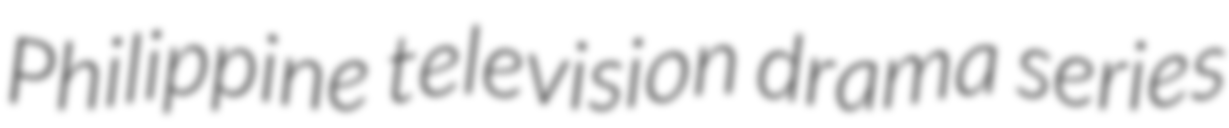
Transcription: Philippine television drama series